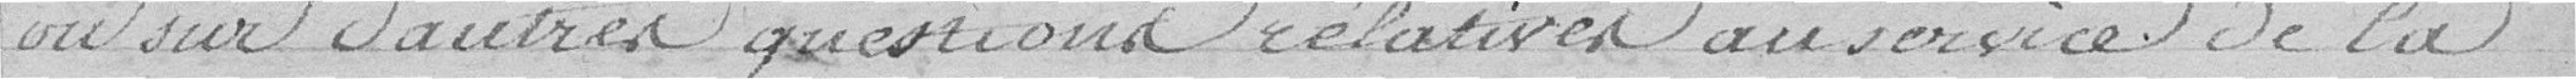
ou sur d'autres questions relatives au service de la